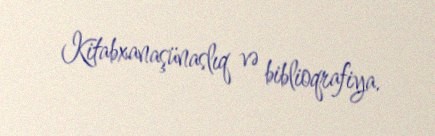
Kitabxanaşünaslıq və biblioqrafiya.